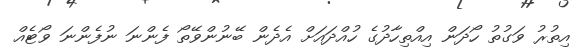
އިތުރު ވަގުތު ހޯދަން އިއްތިހާދުގެ ހުއްދައަށް އެދެން ބޭނުންވޭތޯ ފެންނަ ނުފެންނަ ވޯޓެއް